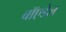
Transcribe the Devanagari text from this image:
बॉएडेल